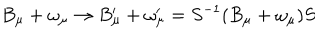
B _ { \mu } + \omega _ { \mu } \rightarrow B _ { \mu } ^ { \prime } + \omega _ { \mu } ^ { \prime } = S ^ { - 1 } ( B _ { \mu } + \omega _ { \mu } ) S